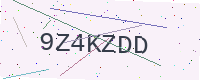
Text: 9Z4KZDD